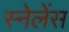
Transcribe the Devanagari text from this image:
स्नेलेंस